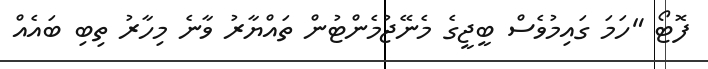
ފޮޓޯ "ހަމަ ގައިމުވެސް ބީޖީގެ މެނޭޖުމެންޓުން ތައްޔާރު ވާނެ މިހާރު ތިބި ބައެއް